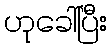
ဟုခေါ်ပြီး